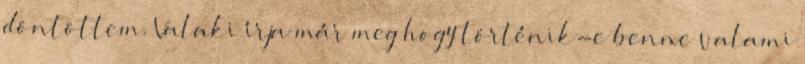
döntöttem. Valaki írja már meg hogy történik-e benne valami